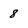
Character: 8